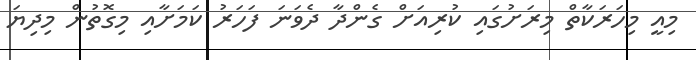
މިއީ މިހަރަކާތް މިރަށުގައި ކުރިއަށް ގެންދާ ދެވަނަ ފަހަރު ކަމަށާއި މިގޮތުން މިދިޔަ